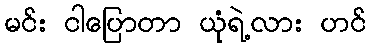
မင်း ငါပြောတာ ယုံရဲ့လား ဟင်